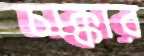
চাক্কার